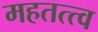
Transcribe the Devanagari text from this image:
महतत्त्व